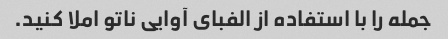
جمله را با استفاده از الفبای آوایی ناتو املا کنید.